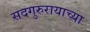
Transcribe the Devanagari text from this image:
सदगुरुरायाच्या